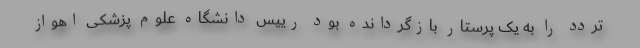
تردد را به یک پرستار بازگردانده بود رییس دانشگاه علوم پزشکی اهواز